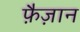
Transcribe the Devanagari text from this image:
फ़ैज़ान